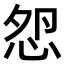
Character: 𢘵